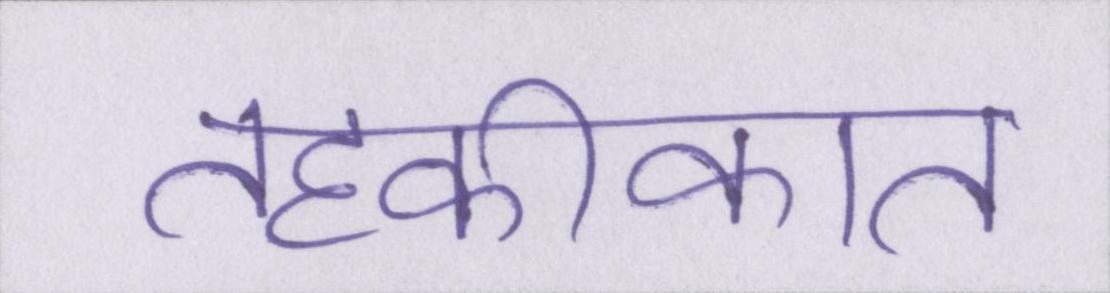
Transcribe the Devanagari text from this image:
तहकीकात